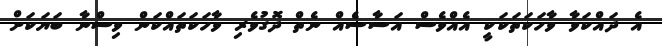
އެ ދައްކަވާ ވާހަކަތަކަކީ އެއްވެސް އަސާސެއް ނެތް ދޮގުވެރި ވާހަކަތައްކަން ވިސްނާ ބަޔަކަށް